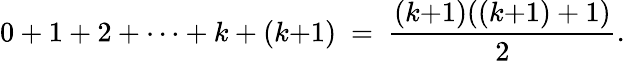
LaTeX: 0+1+2+\cdots+k+(k{+}1)\ =\ {\frac{(k{+}1)((k{+}1)+1)}{2}}.